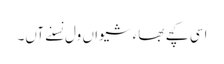
اسی کچے بھاء شیواں ول نَسنے آں۔